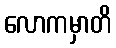
လောကမှာတိ